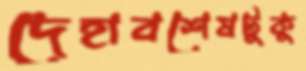
দেহাবশেষটুকু